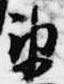
衛